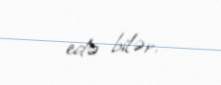
edə bilər.